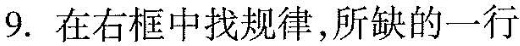
9.在右框中找规律,所缺的一行